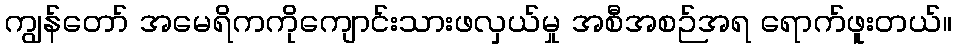
ကျွန်တော် အမေရိကကိုကျောင်းသားဖလှယ်မှု အစီအစဉ်အရ ရောက်ဖူးတယ်။